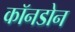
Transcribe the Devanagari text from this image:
कॉनडोन